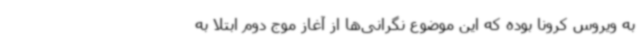
به ویروس کرونا بوده که این موضوع نگرانی‌ها از آغاز موج دوم ابتلا به